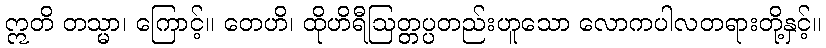
ဣတိ တသ္မာ၊ ကြောင့်။ တေဟိ၊ ထိုဟိရီဩတ္တပ္ပတည်းဟူသော လောကပါလတရားတို့နှင့်။